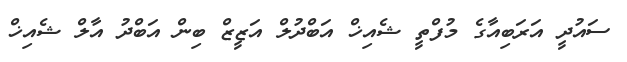
ސައުދީ އަރަބިއާގެ މުފްތީ ޝެއިޚް އަބްދުލް އަޒީޒް ބިން އަބްދު އާލް ޝެއިޚް